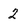
Character: 2